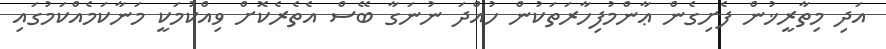
އަދި މިތާރީޚުން ފެށިގެން ޢާންމުފިހާރަތަކުން ހުއްދަ ނުނަގާ ބޭސް އެތެރެކޮށް ވިއްކުމަކީ މަނާކަމެއްކަމުގައި